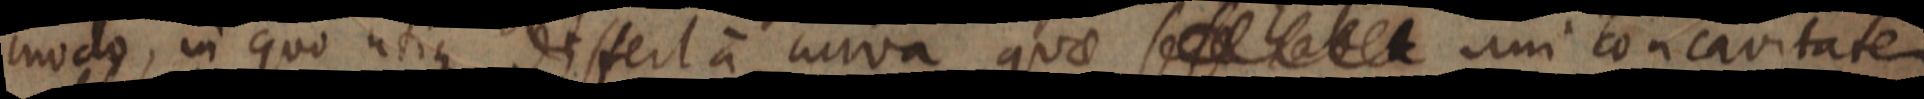
modo, in quo utique dissert a curva quae se se habet uni concavitatem